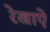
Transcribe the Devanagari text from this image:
रेखाऐं